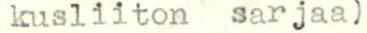
kusliiton sarjaa)